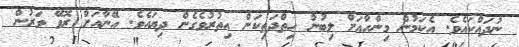
ނުދައްކައެވެ. އެކަމުން މިންހާއަށް ލިބުނު ހިތްދަތިކަން އިތުރުވެގެން ދިޔައެވެ. އޭނާއަށް ރޮވޭ ވަރުން